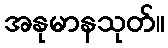
အနုမာနသုတ်။